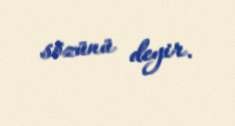
sözünü deyir.